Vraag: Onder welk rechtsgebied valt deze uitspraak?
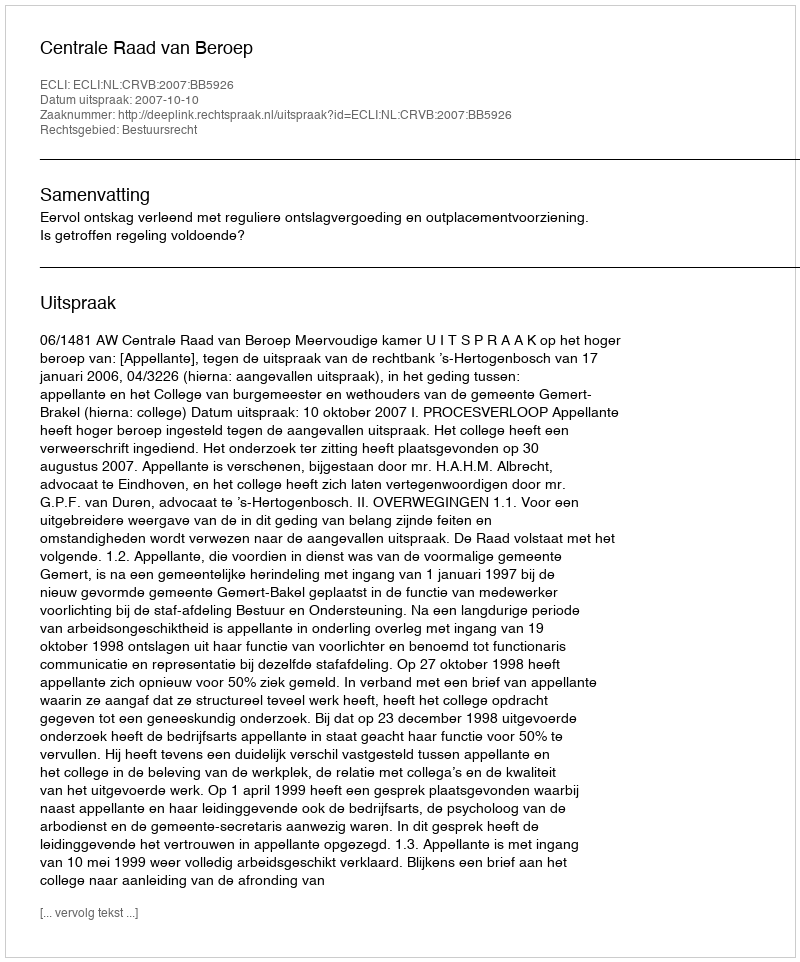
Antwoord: Bestuursrecht